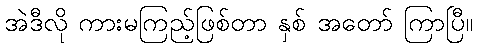
အဲဒီလို ကားမကြည့်ဖြစ်တာ နှစ် အတော် ကြာပြီ။